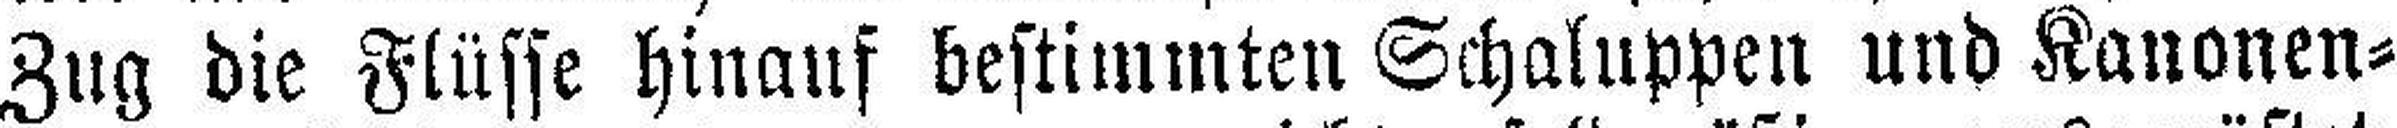
Zug die Flüsse hinauf bestimmten Schaluppen und Kanonen¬